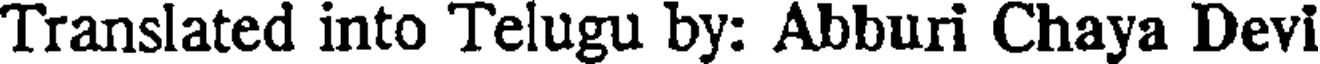
Translated into Telugu by: Abburi Chaya Devi